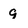
Character: 9